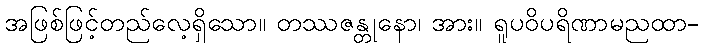
အဖြစ်ဖြင့်တည်လေ့ရှိသော။ တဿဇန္တုနော၊ အား။ ရူပဝိပရိဏာမညထာ-